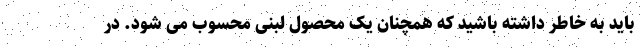
باید به خاطر داشته باشید که همچنان یک محصول لبنی محسوب می شود. در